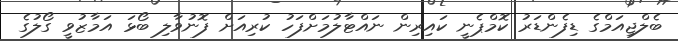
ބެލްޖިއަމްގެ ޑިފެންޑަރު ކޮމްޕެނީ ކައިރިން ނައްޓާލުމަށްފަހު ކުރިއަށް ފޮނުވާލި ބޯޅަ އަމާޒުވީ ގޯލުގެ